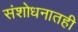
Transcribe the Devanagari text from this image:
संशोधनातही